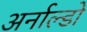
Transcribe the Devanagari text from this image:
अर्नाल्डो